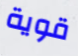
قوية